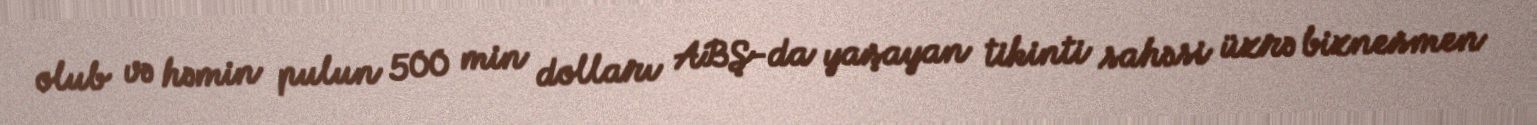
olub və həmin pulun 500 min dolları ABŞ-da yaşayan tikinti sahəsi üzrə biznesmen